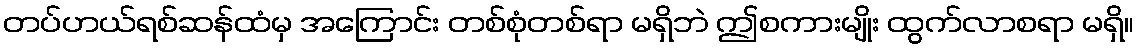
တပ်ဟယ်ရစ်ဆန်ထံမှ အကြောင်း တစ်စုံတစ်ရာ မရှိဘဲ ဤစကားမျိုး ထွက်လာစရာ မရှိ။